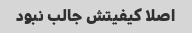
اصلا کیفیتش جالب نبود